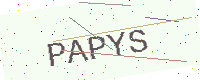
Text: PAPYS